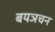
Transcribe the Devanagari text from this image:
बयञचन